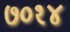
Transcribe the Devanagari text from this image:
७०१४